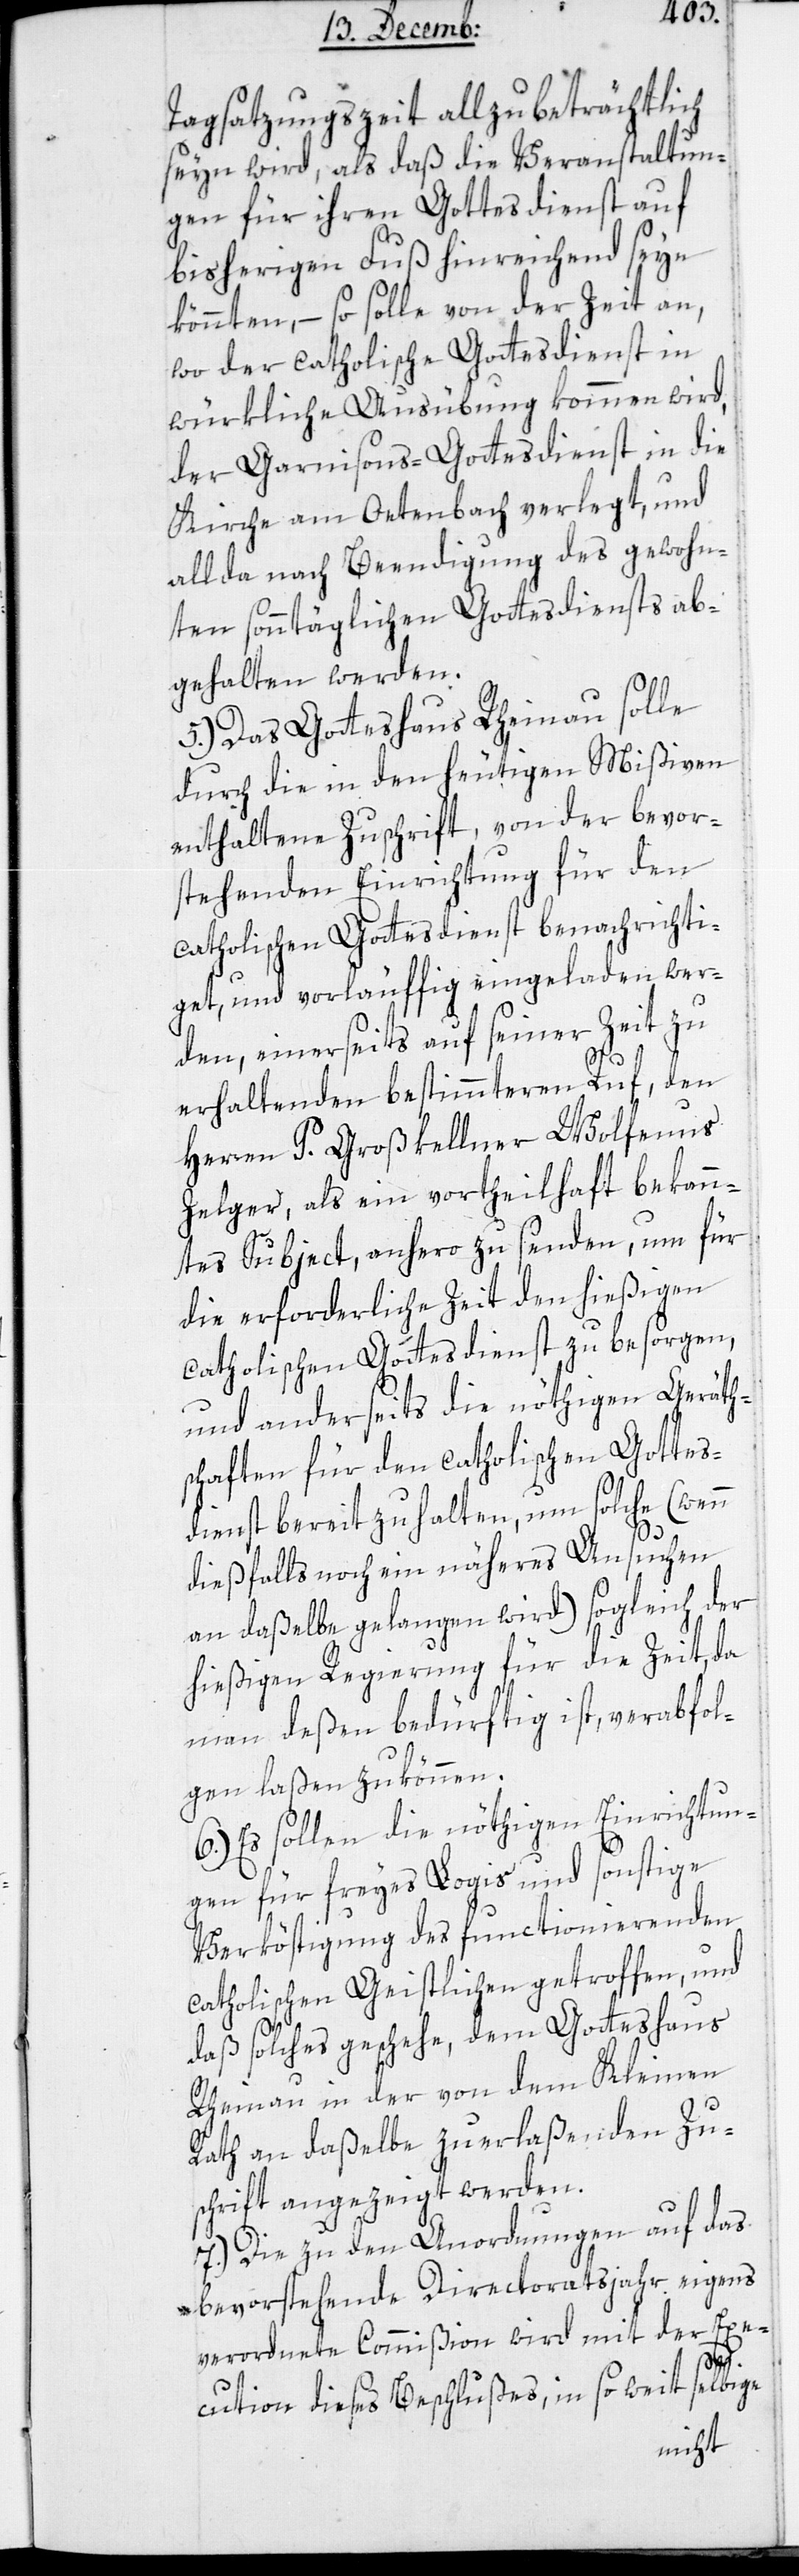
Tagsatzungszeit allzu beträchtlich
seyn wird, als daß die Veranstaltun¬
gen für ihren Gottesdienst auf
bisherigen Fuß hinreichend seyn
könnten, – so solle von der Zeit an,
wo der catholische Gottesdienst in
würkliche Ausübung kommen wird,
der Garnisons-Gottesdienst in die
Kirche am Oetenbach verlegt, und
allda nach Beendigung des gewohn¬
ten sonntäglichen Gottesdiensts ab¬
gehalten werden.
5.) Das Gotteshaus Rheinau solle
durch die in den heutigen Mißiven
enthaltene Zuschrift, von der bevor¬
stehenden Einrichtung für den
catholischen Gottesdienst benachrichti¬
get, und vorläuffig eingeladen wer¬
den, einerseits auf seiner Zeit zu
erhaltenden bestimmteren Ruf, den
Herren P. Großkellner Wolfenus
Zelger, als ein vortheilhaft bekann¬
tes Subejct, anhero zu senden, um für
die erforderliche Zeit den hießigen
catholischen Gottesdienst zu besorgen,
und anderseits die nöthigen Gerät¬
schaften für den catholischen Gottes¬
dienst bereit zu halten, um solche (wenn
dießfalls noch ein näheres Ansuchen
an daßelbe gelangen wird) sogleich der
hießigen Regierung für die Zeit, da
man deßen bedürftig ist, verabfol¬
gen laßen zu können.
6.) Es sollen die nöthigen Einrichtun¬
gen für freyes Logis und sonstige
Verköstigung des functionierenden
catholischen Geistlichen getroffen, und
daß solches geschehe, dem Gotteshaus
Rheinau in der von dem Kleinen
Rath an daßelbe zu erlaßenden Zu¬
schrift angezeigt werden.
7.) Die zu den Anordnungen auf das
bevorstehende Directoratsjahr eigens
verordnete Commißion wird mit der Exe¬
cution dieses Beschlußes, in so weit selbige